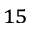
^ { 1 5 }